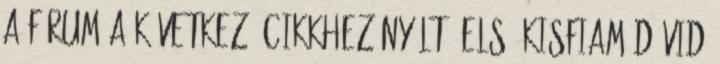
a fórum a következő cikkhez nyílt: Első kisfiam Dávid